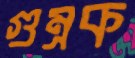
গুম্‌রক